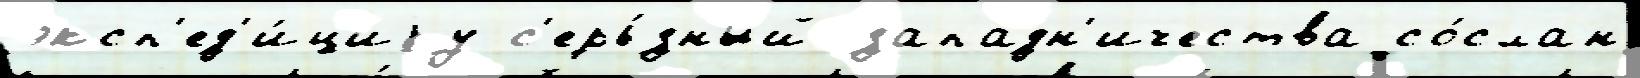
эксп'ед'и́циjу с'ерь́зный западн'ичества со́слан